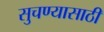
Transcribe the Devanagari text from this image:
सुचण्यासाठी